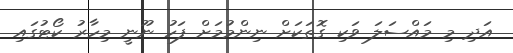
އަދި މި މައްސަލަ ވަކި ގޮތަކަށް ނިންމުމަށް ފަހު ނޫނީ މިހާރު ކޯޓުގައި